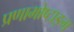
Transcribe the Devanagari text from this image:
प्रणामोष्टाङ्ग